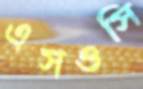
এসওসি